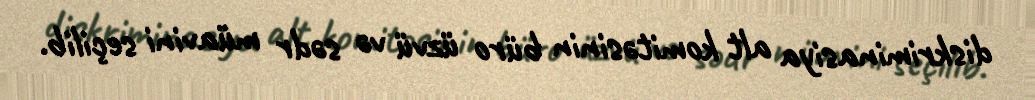
diskriminasiya alt komitəsinin büro üzvü və sədr müavini seçilib.